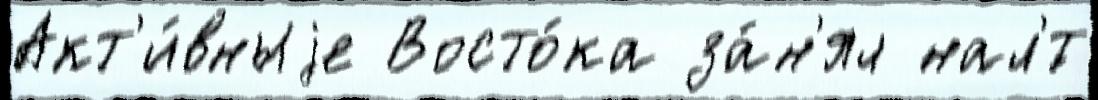
Акт'и́вныjе Восто́ка за́н'ял нал'́т